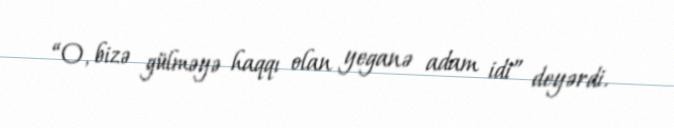
“O, bizə gülməyə haqqı olan yeganə adam idi” deyərdi.